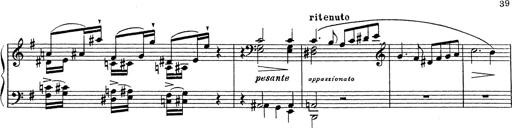
Title: Grosses Konzertsolo
Composer: Franz Liszt